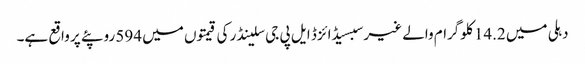
دہلی میں 14.2 کلوگرام والے غیر سبسیڈائزڈ ایل پی جی سلینڈر کی قیمتوں میں 594 روپئے پر واقع ہے۔